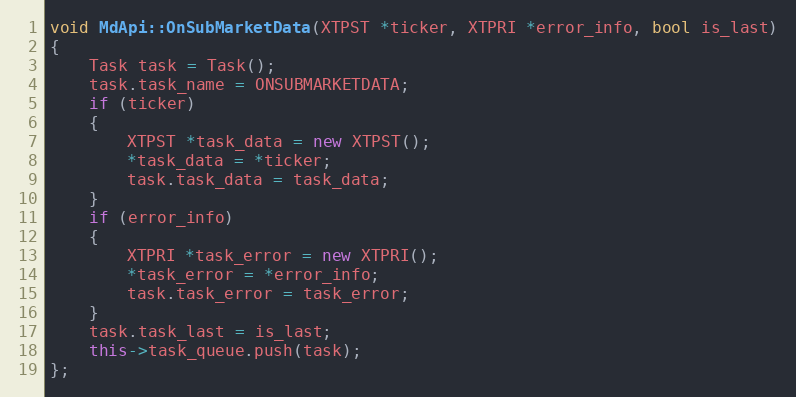
Language: C++
void MdApi::OnSubMarketData(XTPST *ticker, XTPRI *error_info, bool is_last)
{
	Task task = Task();
	task.task_name = ONSUBMARKETDATA;
	if (ticker)
	{
		XTPST *task_data = new XTPST();
		*task_data = *ticker;
		task.task_data = task_data;
	}
	if (error_info)
	{
		XTPRI *task_error = new XTPRI();
		*task_error = *error_info;
		task.task_error = task_error;
	}
	task.task_last = is_last;
	this->task_queue.push(task);
};